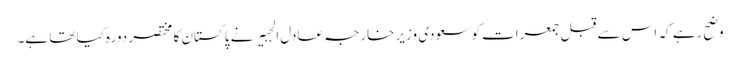
وضح رہے کہ اس سے قبل جمعرات کو سعودی وزیر خارجہ عادل الجبیر نے پاکستان کا مختصر دورہ کیا تھا ہے۔